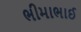
ભીમાભાઈ